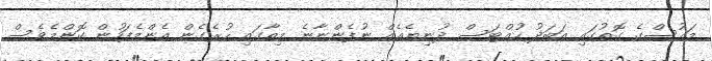
މައުސްގެ ގޮތުގައި އަބަދު ހުއްޓަސް ދުނިޔެއެއް ނުފެންނާނެ މިތާގައި ހުރެގެން އެންމެފަހުން ކޮންމެވެސް